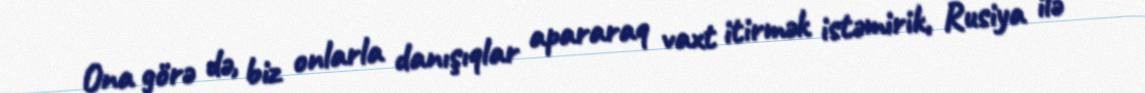
Ona görə də, biz onlarla danışıqlar apararaq vaxt itirmək istəmirik, Rusiya ilə